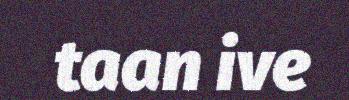
taan ive